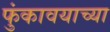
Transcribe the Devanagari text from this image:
फुंकावयाच्या